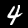
Digit: 4